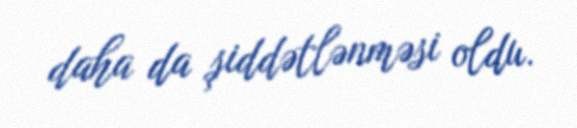
daha da şiddətlənməsi oldu.